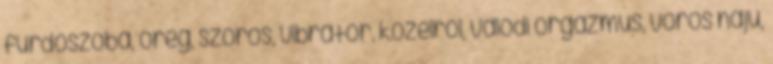
fürdőszoba, öreg, szőrös, vibrátor, kozelrol, valódi orgazmus, vörös hajú,